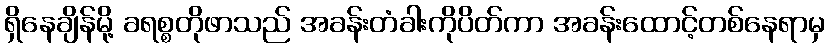
ရှိနေချိန်မို့ ခရစ္စတိုဖာသည် အခန်းတံခါးကိုပိတ်ကာ အခန်းထောင့်တစ်နေရာမှ